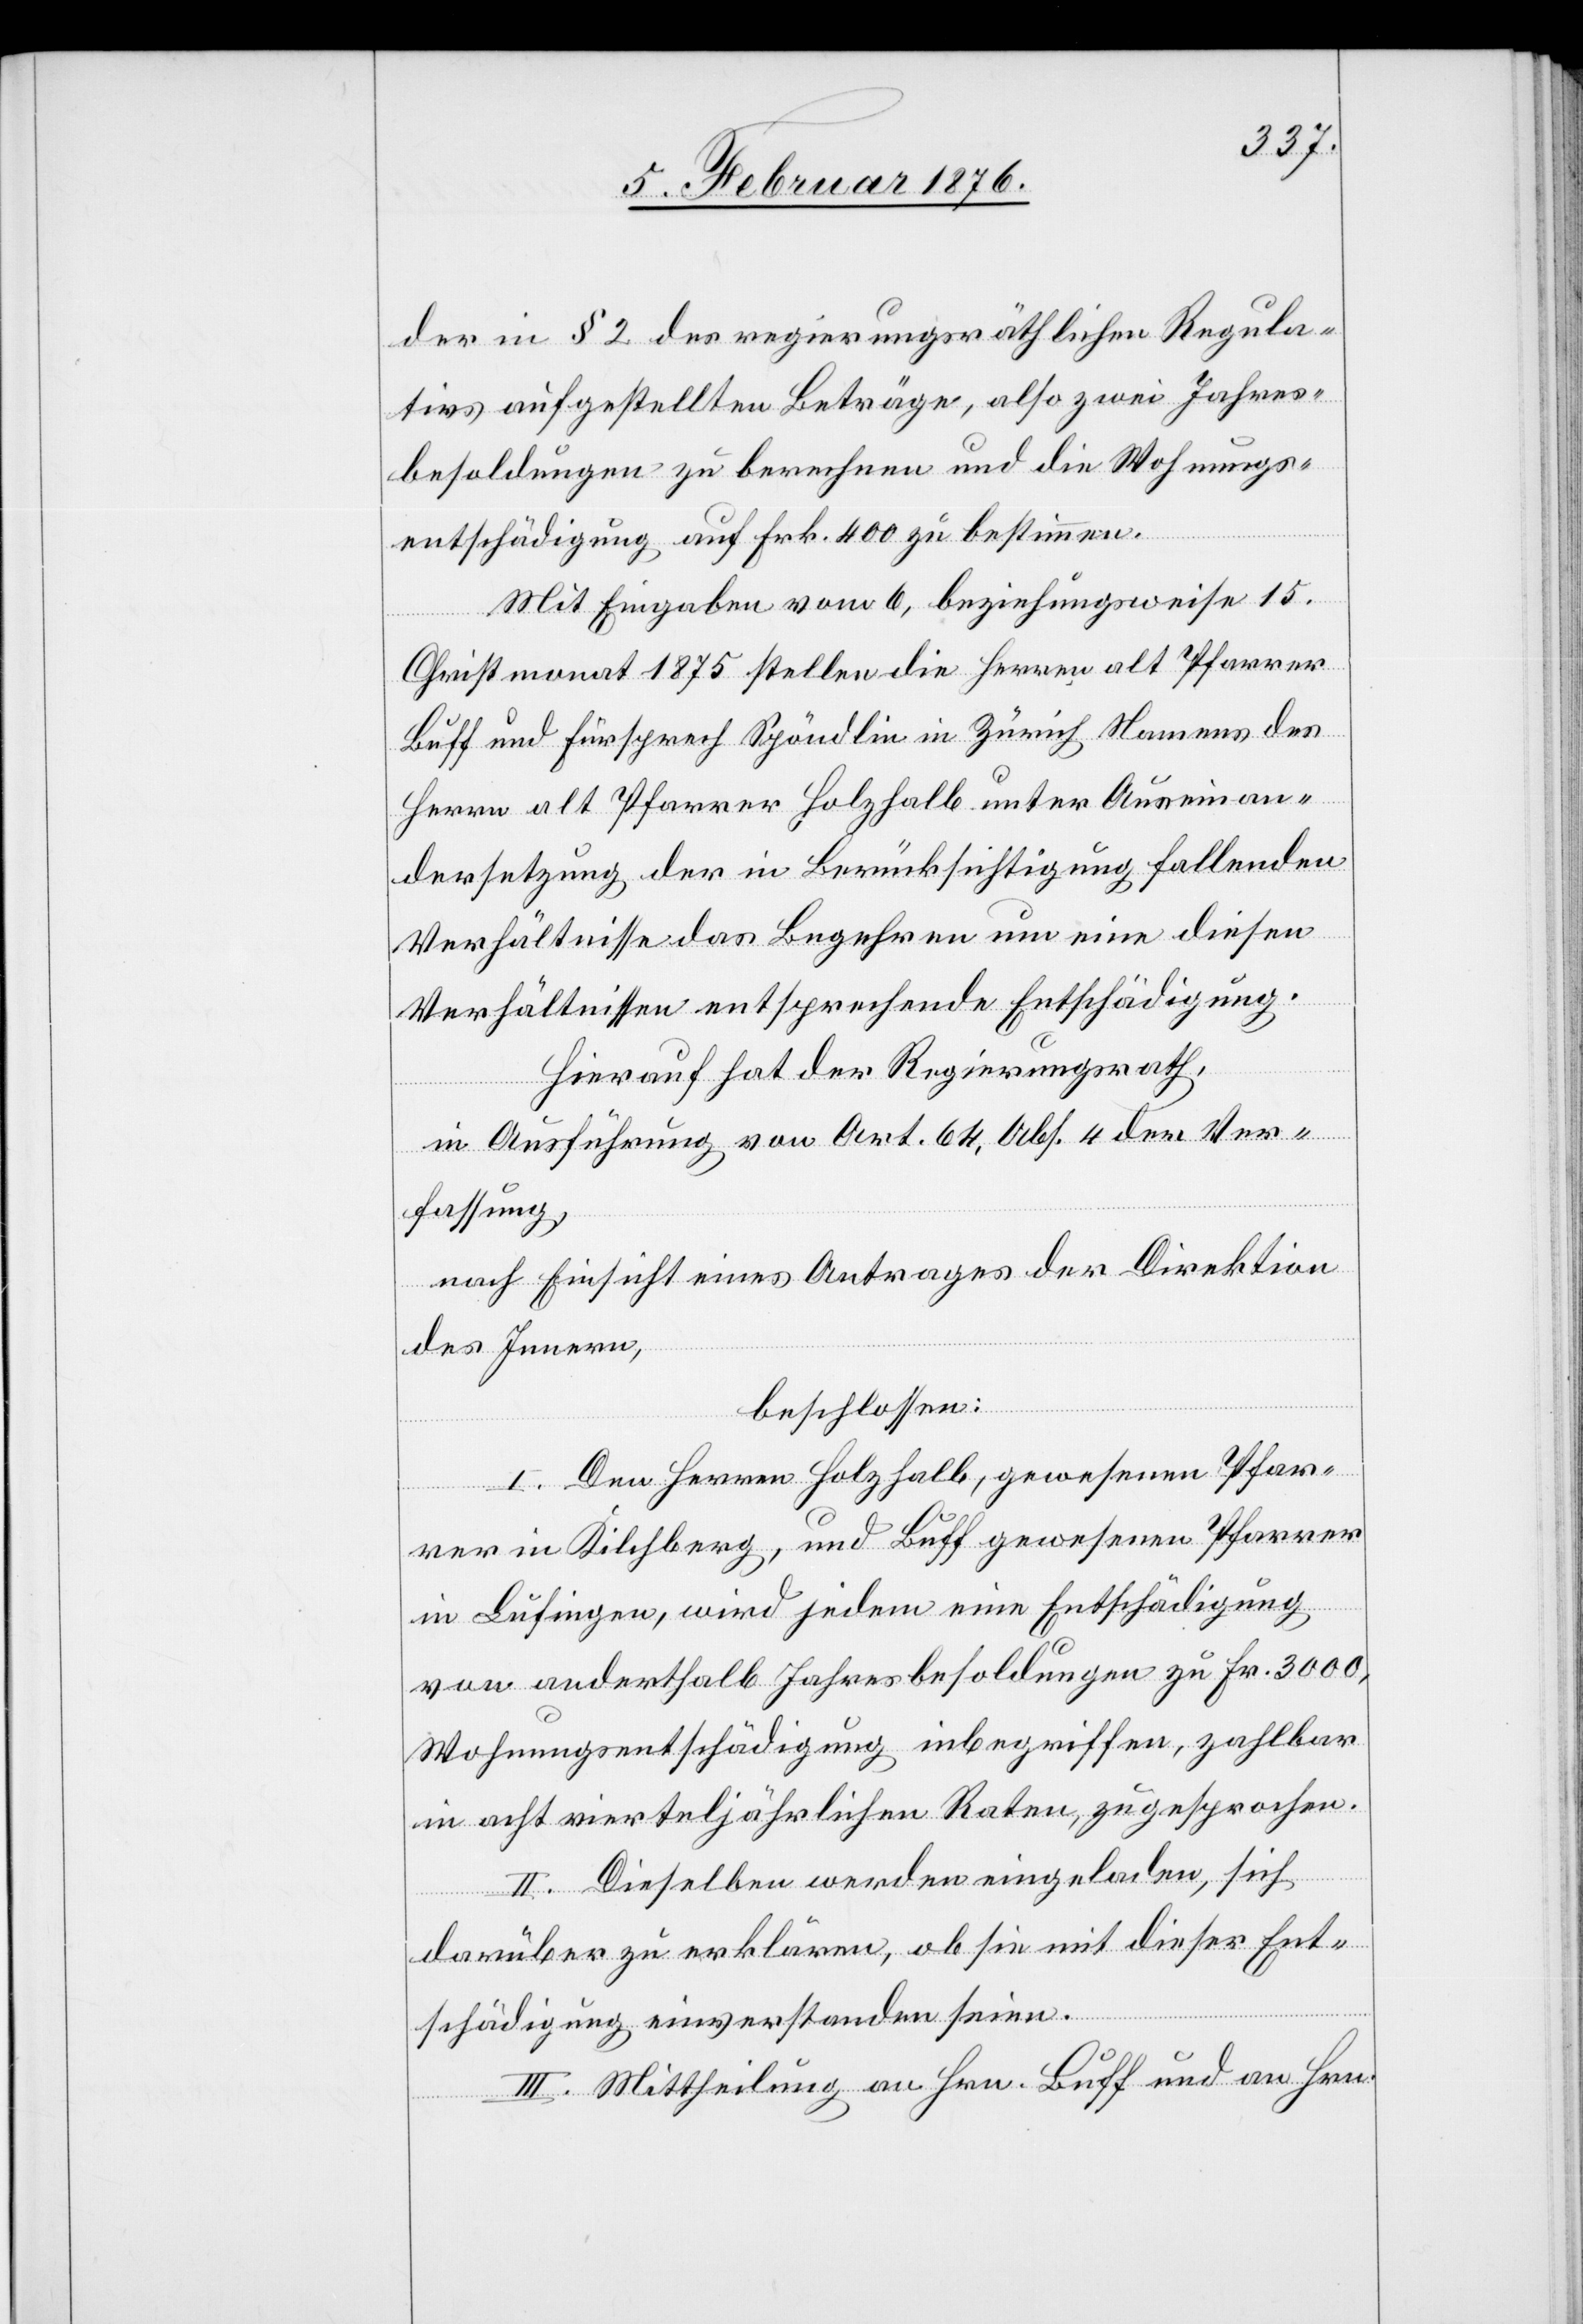
der in § 2 des regierungsräthlichen Regula¬
tivs aufgestellten Beträge, also zwei Jahres¬
besoldungen zu berechnen und die Wohnungs¬
entschädigung auf Frk. 400 zu bestimmen.
Mit Eingabe vom 6. beziehungsweise 15.
Christmonat 1875 stellen die Herren als Pfarrer
Buff und Fürsprech Spöndlin in Zürich Namens des
Herrn als Pfarrer Holzhalb unter Auseinan¬
dersetzung der in Berücksichtigung fallenden
Verhältnisse das Begehren um eine diesen
Verhältnissen entsprechende Entschädigung.
Hierauf hat der Regierungsrath,
in Ausführung von Art. 64, Abs. 4 der Ver¬
fassung,
nach Einsicht eines Antrages der Direktion
des Innern,
beschlossen:
I. Den Herren Holzhalb, gewesenem Pfar¬
rer in Kilchberg, und Buff gewesenem Pfarrer
in Lufingen, wird jedem eine Entschädigung
von anderthalb Jahresbesoldungen zu Frk. 3000,
Wohnungsentschädigung inbegriffen, zahlbar
in acht vierteljährlichen Raten, zugesprochen.
II. Dieselben werden eingeladen, sich
darüber zu erklären, ob sie mit dieser Ent¬
schädigung einverstanden seien.
III. Mittheilung an Hrn. Buff und an Hrn.